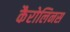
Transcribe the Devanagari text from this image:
कैरोलिनस